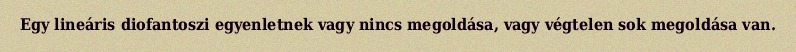
Egy lineáris diofantoszi egyenletnek vagy nincs megoldása, vagy végtelen sok megoldása van.